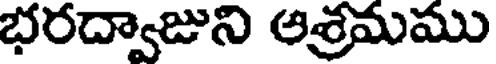
భరద్వాజుని అశ్రమము